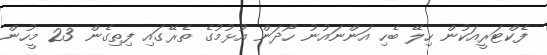
ފެކްޓަރީއަކުން ހިލޭ ބެހި އަންނައުނު ހޯދަން އުޅުމުގެ ތެރޭގައި ފިތިގެން 23 މީހުން